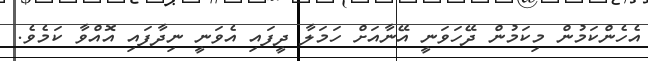
އެހެންކަމުން މިކަމުން ދޭހަވަނީ އޭނާއަށް ހަމަލާ ދީފައި އެވަނީ ނިދާފައި އޮއްވާ ކަމެވެ.